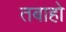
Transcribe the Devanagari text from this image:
तबाहो